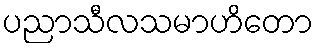
ပညာသီလသမာဟိတော